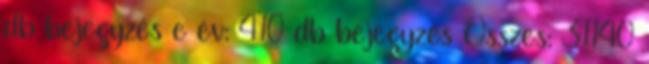
db bejegyzés e év: 410 db bejegyzés Összes: 31140